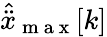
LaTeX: \hat{\ddot{x}}_{\mathrm{~m~a~x~}}[k]